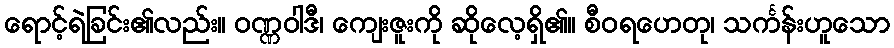
ရောင့်ရဲခြင်း၏လည်း။ ဝဏ္ဏဝါဒီ၊ ကျေးဇူးကို ဆိုလေ့ရှိ၏။ စီဝရဟေတု၊ သင်္ကန်းဟူသော